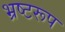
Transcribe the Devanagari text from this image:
भ्रष्टरूप